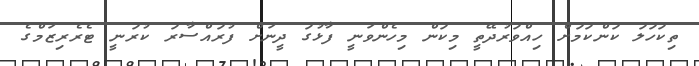
ތިކަހަލަ ކަންކަމަށް ހިއްވަރުދޭތީ މިކަން މިހެންވަނީ ފާޅުގަ ދީނަށް ފުރައްސާރަ ކުރަނީ ޓެރެރިޒަމްގެ